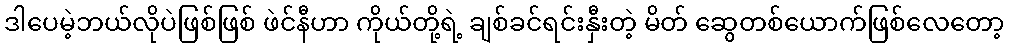
ဒါပေမဲ့ဘယ်လိုပဲဖြစ်ဖြစ် ဖဲင်နီဟာ ကိုယ်တို့ရဲ့ ချစ်ခင်ရင်းနှီးတဲ့ မိတ် ဆွေတစ်ယောက်ဖြစ်လေတော့